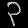
Digit: ၃